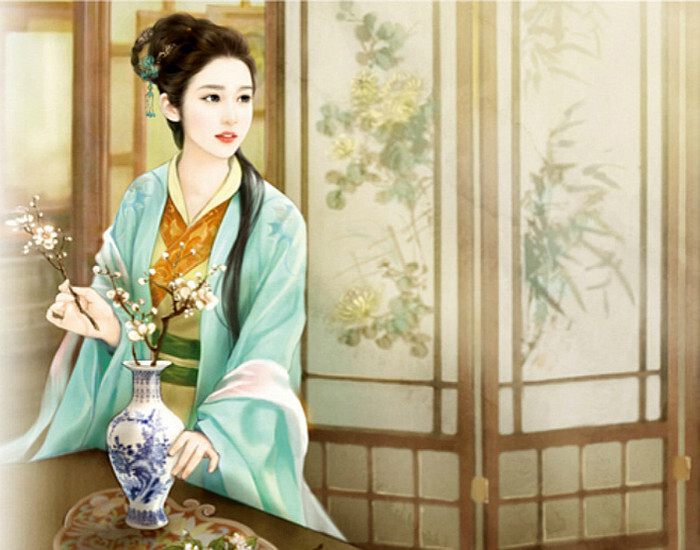
应是夜寒凝。恼得梅花睡不成。